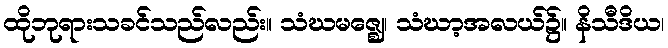
ထိုဘုရားသခင်သည်လည်း။ သံဃမဇ္ဈေ၊ သံဃာ့အလယ်၌။ နိသီဒိယ၊